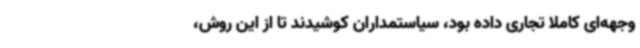
وجهه‌ای کاملاً تجاری داده بود، سیاستمداران کوشیدند تا از این روش،